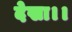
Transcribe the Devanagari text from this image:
देखा।।